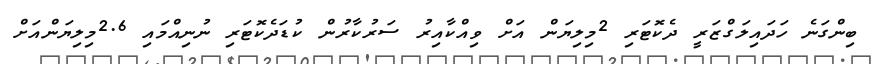
ބިންގަނެ ހަދައިލަގްޒަރީ ދެކޮޓަރި 2މިލިޔަން އަށް ވިއްކާއިރު ސަރުކާރުން ކުޑަދެކޮޓަރި ނުނިއްމައި 2.6މިލިޔަންއަށް